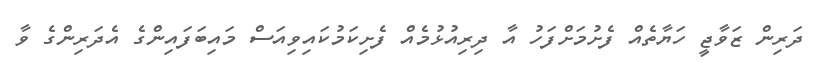
ދަރިން ޒަވާޖީ ހަޔާތެއް ފެށުމަށްފަހު އާ ދިރިއުޅުމެއް ފެށިކަމުކައިވިއަސް މައިބަފައިންގެ އެދަރިންގެ ވާ